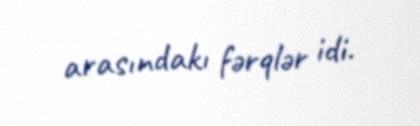
arasındakı fərqlər idi.